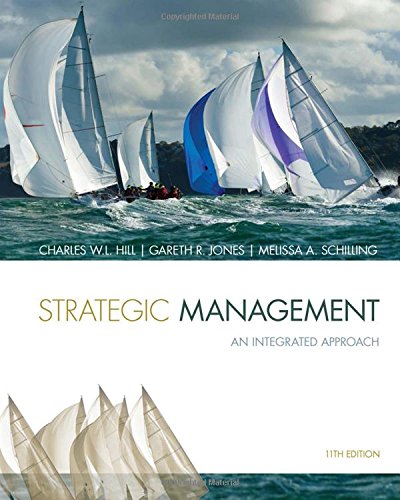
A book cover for Strategic Management: Theory & Cases: An Integrated Approach; Charles W. L. Hill; Business & Money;